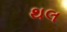
થલ